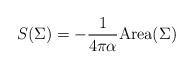
\begin{align*}S(\Sigma )= -{1\over 4\pi\alpha}{\rm Area}(\Sigma )\end{align*}